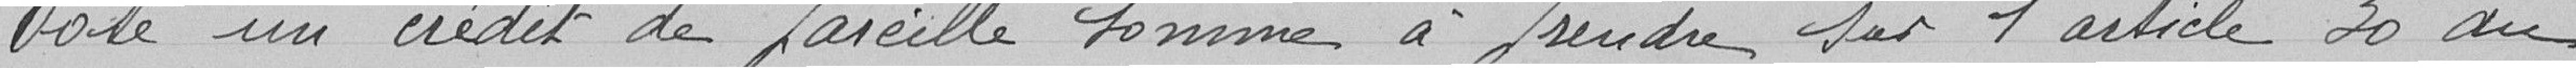
Vote un crédit de pareille somme à prendre sur l'article 30 au